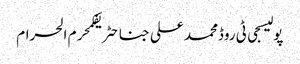
پولیسجی ٹی روڈمحمد علی جناحٹریفکمحرم الحرام